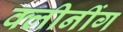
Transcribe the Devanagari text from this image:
क्लीनींग